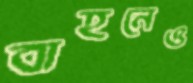
বাহনেও